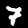
Digit: 7